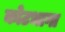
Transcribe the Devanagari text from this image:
कोटभागा